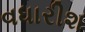
વધારીશ